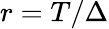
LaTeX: r=T/\Delta